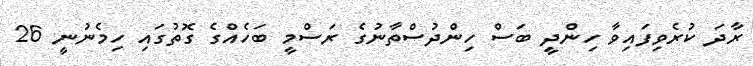
ރާދަ ކުރެވިފައިވާ ހިންދީ ބަސް ހިންދުސްތާނުގެ ރަސްމީ ބަހެއްގެ ގޮތުގައި ހިމެނުނީ 26